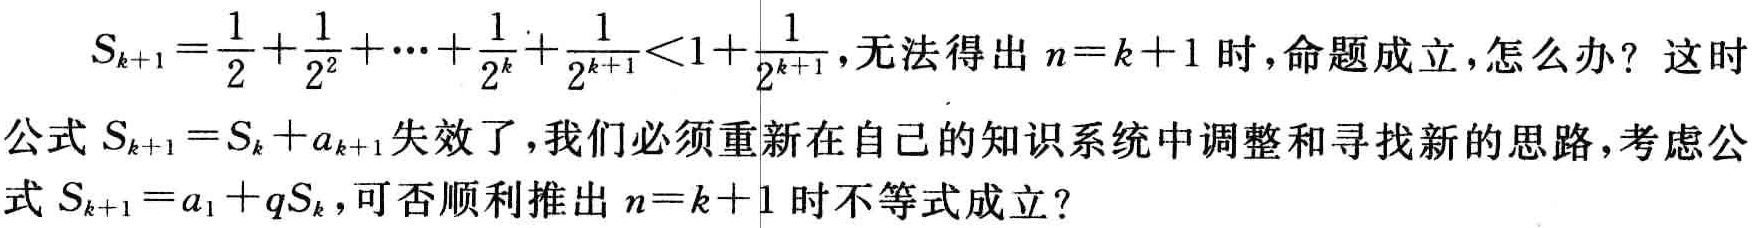
\[
\begin{align*}
S_{k + 1}&=\frac{1}{2}+\frac{1}{2^{2}}+\cdots+\frac{1}{2^{k}}+\frac{1}{2^{k + 1}}<1+\frac{1}{2^{k + 1}}，无法得出\ n = k + 1\ 时，命题成立，怎么办？这时\\
公式\ S_{k + 1}&=S_{k}+a_{k + 1}失效了，我们必须重新在自己的知识系统中调整和寻找新的思路，考虑公\\
式\ S_{k + 1}&=a_{1}+qS_{k}，可否顺利推出\ n = k + 1\ 时不等式成立？
\end{align*}
\]